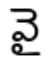
వై